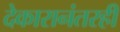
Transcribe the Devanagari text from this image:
देकारानंतरही